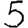
Digit: 5